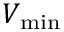
V _ { \mathrm { m i n } }